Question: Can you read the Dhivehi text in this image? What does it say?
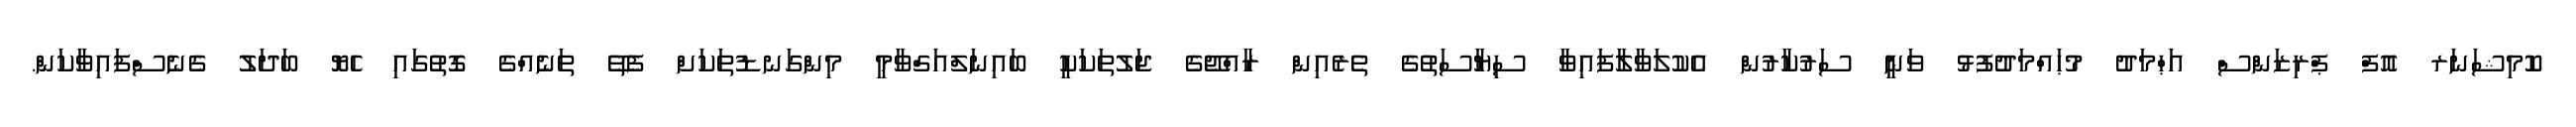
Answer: ކޮމިޝަނަރ އޮފް ޕްރިޒަންސް އަޙްމަދު މުޙައްމަދުފުޅު ވަނީ ސަރުކާރުން އެކުލަވާލާފައިވާ ސިޔާސަތުގެ ތެރެއިން ރާއްޖޭގެ ޖަލުތަކަކީ ބައިނަލްއަގްވާމީ މިންގަނޑުތަކަށް ފެތޭ ތަނެއްގެ ގޮތުގައި ހެޔޮ ބަދަލު ގެނެސްފައިވާކަން.